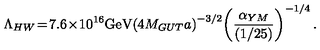
\Lambda _ { H W } \! = \! 7 . 6 \! \times \! 1 0 ^ { 1 6 } \mathrm { G e V } \! \left( 4 M _ { G U T } a \right) ^ { - 3 / 2 } \! \left( \frac { \alpha _ { Y M } } { ( 1 / 2 5 ) } \right) ^ { - 1 / 4 } .